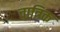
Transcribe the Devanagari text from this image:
चात्रिक